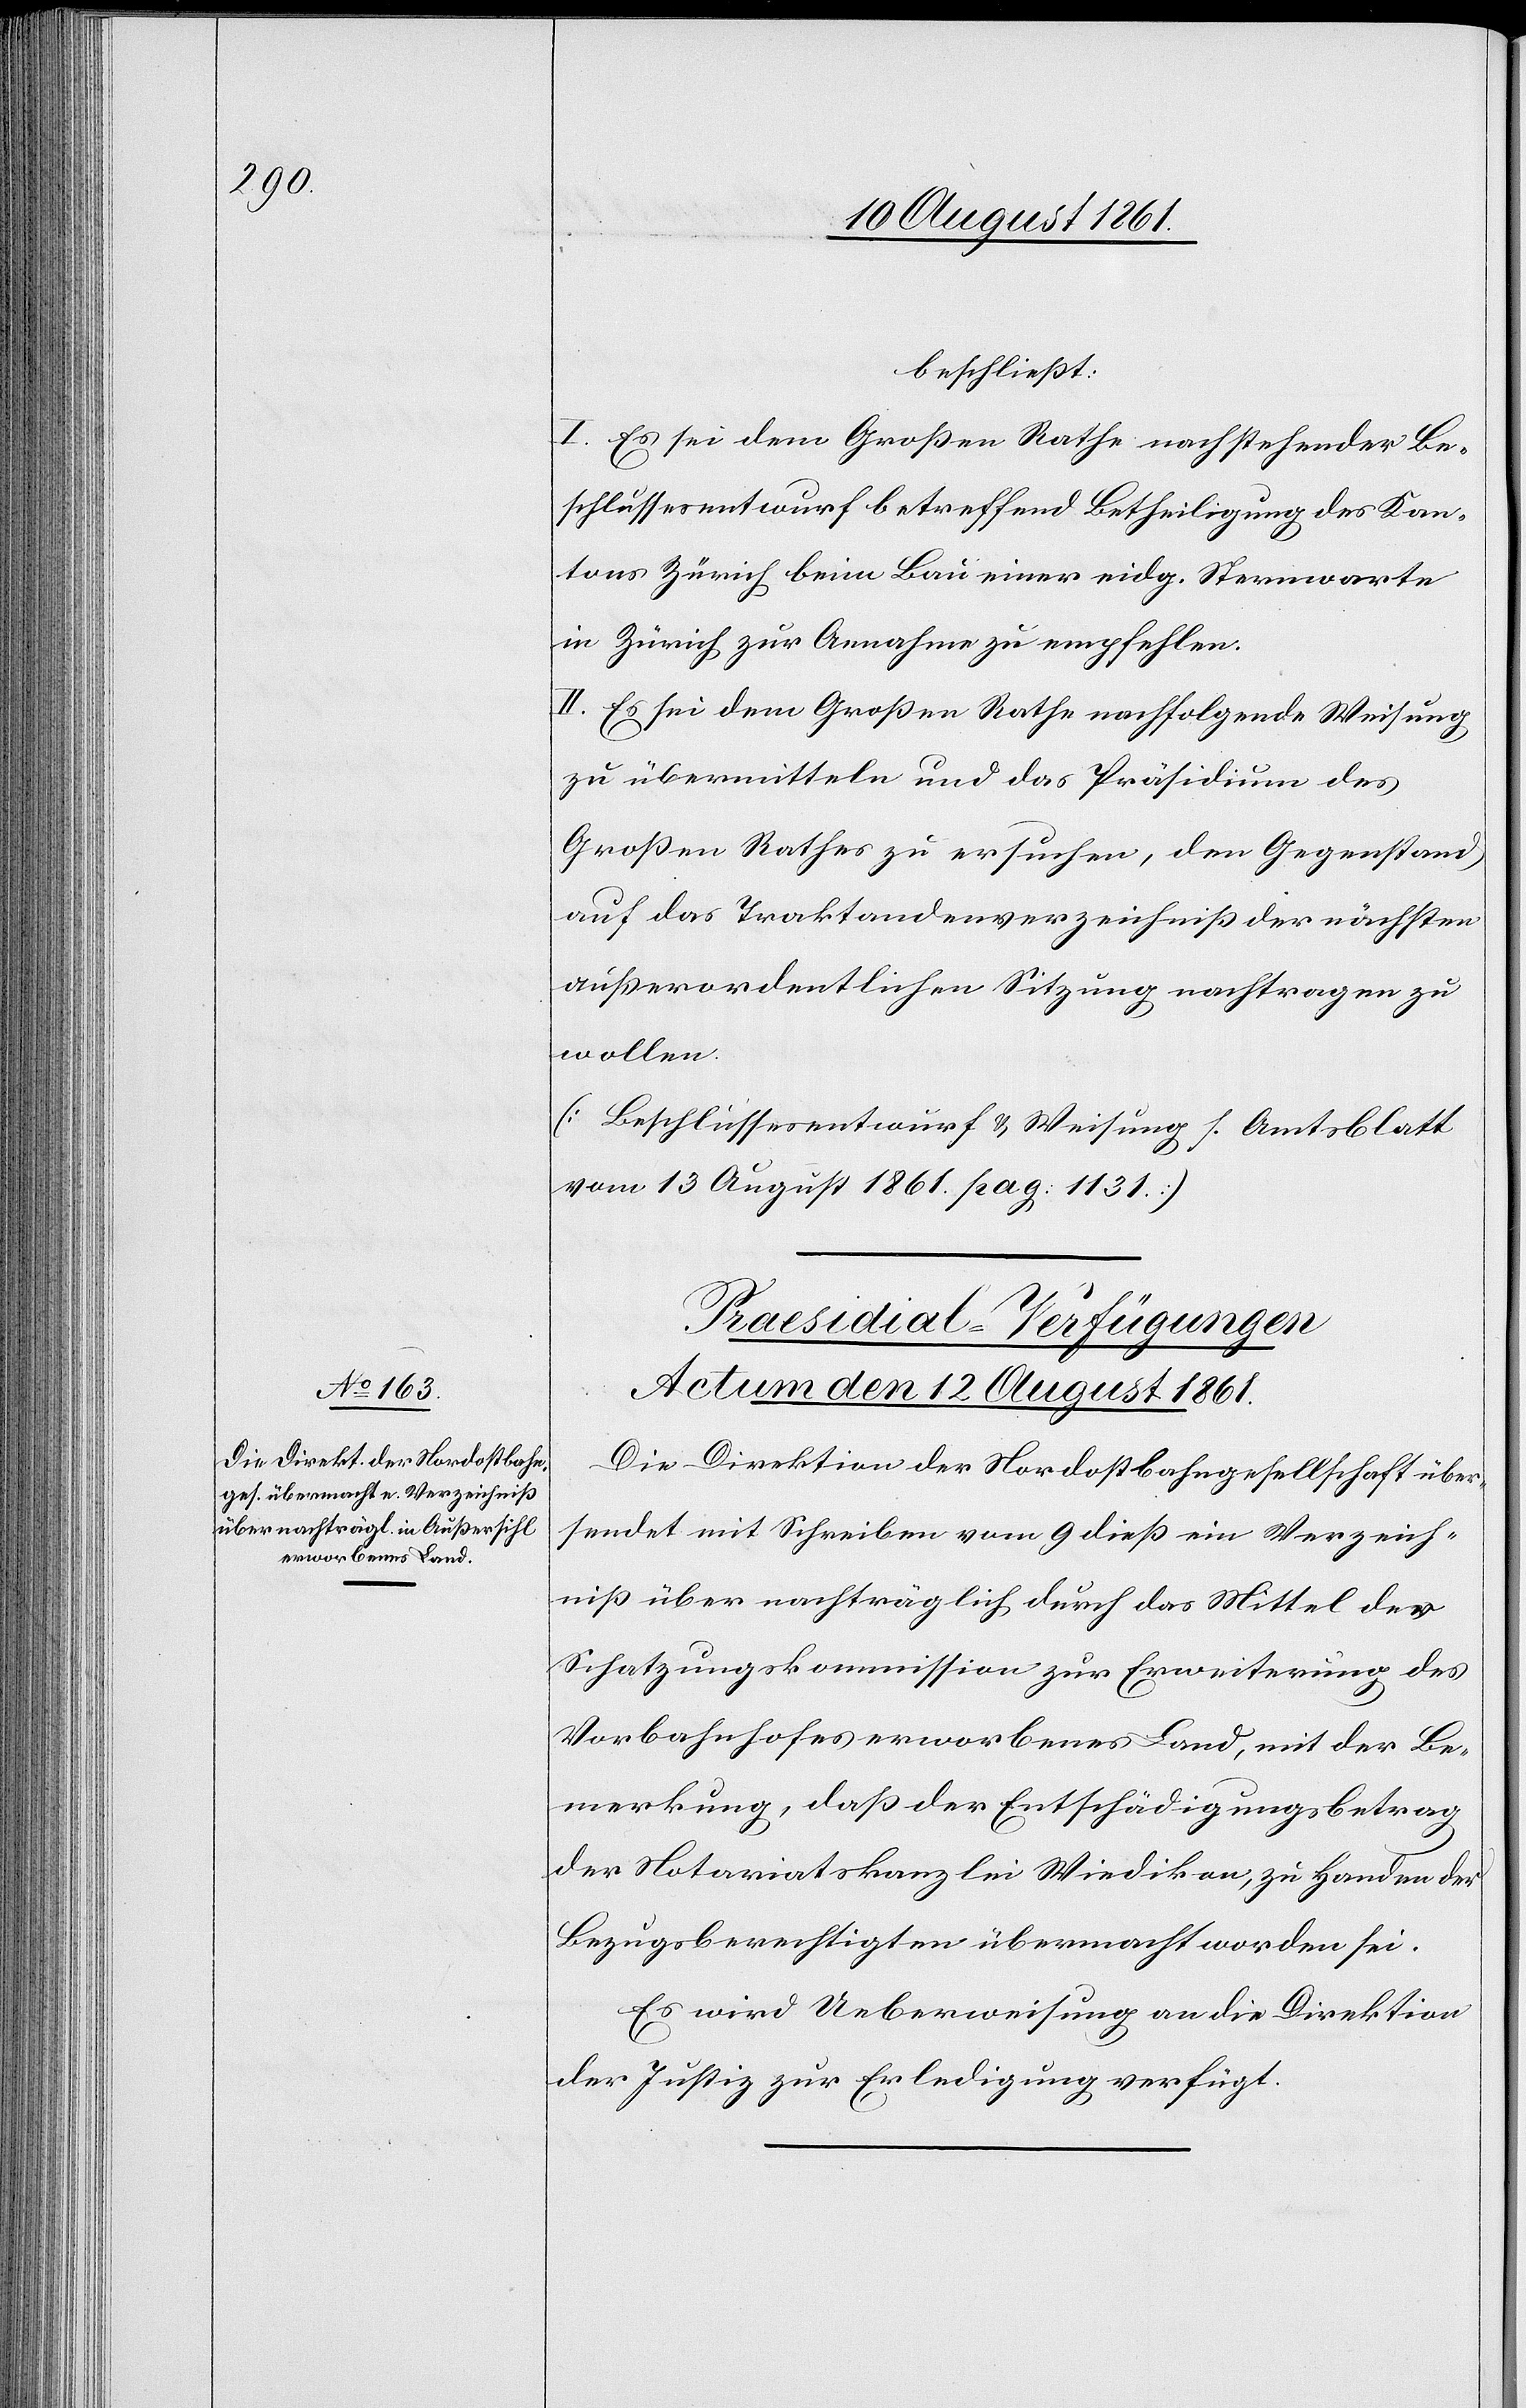
beschließt:
I. Es sei dem Großen Rathe nachstehender Be¬
schlussesentwurf betreffend Betheiligung des Kan¬
tons Zürich beim Bau einer eidg. Sternenwarte
in Zürich zur Annahme zu empfehlen.
II. Es sei dem Großen Rathe nachfolgende Weisung
zu übermitteln und das Präsidium des
Großen Rathes zu ersuchen, den Gegenstand
auf das Traktandenverzeichniß der nächsten
außerordentlichen Sitzung nachtragen zu
wollen.
[Beschlussesentwurf u. Weisung s. Amtsblatt
vom 13 August 1861 pag. 1131]
Praesidial-Verfügungen.
Actum den 12 August 1861.
Die Direktion der Nordostbahngesellschaft über¬
sendet mit Schreiben vom 9 dieß ein Verzeich¬
niß über nachträglich durch das Mittel der
Schatzungskommission zur Erweiterung des
Vorbahnhofes erworbenes Land, mit der Be¬
merkung, daß der Entschädigungsbetrag
der Notariatskanzlei Wiedikon, zu Handen der
Bezugsberechtigten übermacht worden sei.
Es wird Ueberweisung an die Direktion
der Justiz zur Erledigung verfügt.